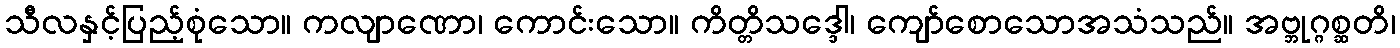
သီလနှင့်ပြည့်စုံသော။ ကလျာဏော၊ ကောင်းသော။ ကိတ္တိသဒ္ဒေါ၊ ကျော်စောသောအသံသည်။ အဗ္ဘုဂ္ဂစ္ဆတိ၊